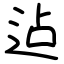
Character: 迠